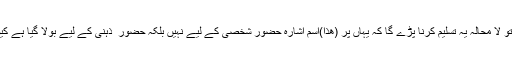
اور بیت المقدس مدینہ سے تقریباً810میل کے سفر پر موجود ہے تو لا محالہ یہ تسلیم کرنا پڑے گا کہ یہاں پر (ھَذَا)اسم اشارہ حضورِ شخصی کے لیے نہیں بلکہ حضور ِ ذہنی کے لیے بولا گیا ہے کیونکہ آپ صلی اللہ علیہ وسلم گفتگو کے وقت وہاں موجود نہ تھے ۔